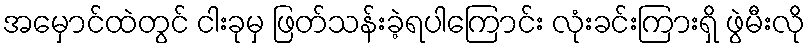
အမှောင်ထဲတွင် ငါးခုမှ ဖြတ်သန်းခဲ့ရပါကြောင်း လုံးခင်းကြားရှိ ဖွဲမီးလို